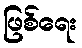
ဖြစ်ရေး